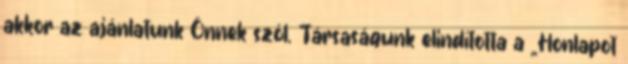
akkor az ajánlatunk Önnek szól. Társaságunk elindította a „Honlapot